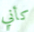
كأني